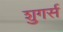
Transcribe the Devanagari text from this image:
शुगर्स